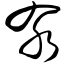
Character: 汆